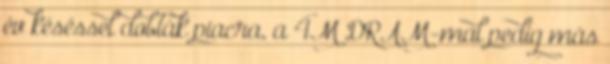
év késéssel dobták piacra, a 4M DRAM-mal pedig más